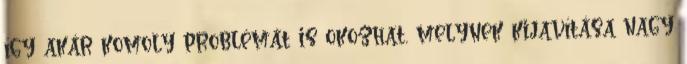
így akár komoly problémát is okozhat, melynek kijavítása nagy